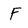
Character: F